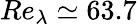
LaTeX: Re_{\lambda}\simeq 63.7